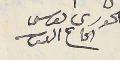
الحورى ىوسف الحاج